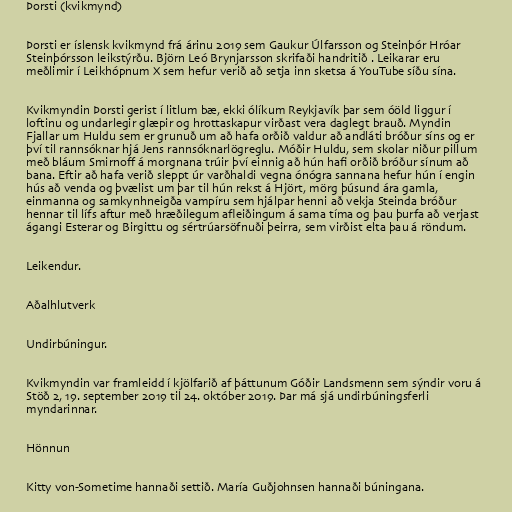
Þorsti (kvikmynd)

Þorsti er íslensk kvikmynd frá árinu 2019 sem Gaukur Úlfarsson og Steinþór Hróar
Steinþórsson leikstýrðu. Björn Leó Brynjarsson skrifaði handritið . Leikarar eru
meðlimir í Leikhópnum X sem hefur verið að setja inn sketsa á YouTube síðu sína.

Kvikmyndin Þorsti gerist í litlum bæ, ekki ólíkum Reykjavík þar sem óöld liggur í
loftinu og undarlegir glæpir og hrottaskapur virðast vera daglegt brauð. Myndin
Fjallar um Huldu sem er grunuð um að hafa orðið valdur að andláti bróður síns og er
því til rannsóknar hjá Jens rannsóknarlögreglu. Móðir Huldu, sem skolar niður pillum
með bláum Smirnoff á morgnana trúir því einnig að hún hafi orðið bróður sínum að
bana. Eftir að hafa verið sleppt úr varðhaldi vegna ónógra sannana hefur hún í engin
hús að venda og þvælist um þar til hún rekst á Hjört, mörg þúsund ára gamla,
einmanna og samkynhneigða vampíru sem hjálpar henni að vekja Steinda bróður
hennar til lífs aftur með hræðilegum afleiðingum á sama tíma og þau þurfa að verjast
ágangi Esterar og Birgittu og sértrúarsöfnuði þeirra, sem virðist elta þau á röndum.

Leikendur.

Aðalhlutverk

Undirbúningur.

Kvikmyndin var framleidd í kjölfarið af þáttunum Góðir Landsmenn sem sýndir voru á
Stöð 2, 19. september 2019 til 24. október 2019. Þar má sjá undirbúningsferli
myndarinnar.

Hönnun

Kitty von-Sometime hannaði settið. María Guðjohnsen hannaði búningana.